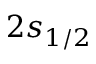
2 s _ { 1 / 2 }